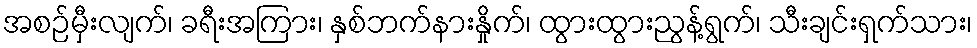
အစဉ်မှီးလျက်၊ ခရီးအကြား၊ နှစ်ဘက်နားနှိုက်၊ ထွားထွားညွန့်ရွက်၊ သီးချင်းရှက်သား၊